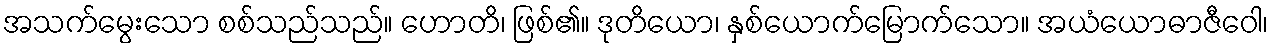
အသက်မွေးသော စစ်သည်သည်။ ဟောတိ၊ ဖြစ်၏။ ဒုတိယော၊ နှစ်ယောက်မြောက်သော။ အယံယောဓာဇီဝေါ၊